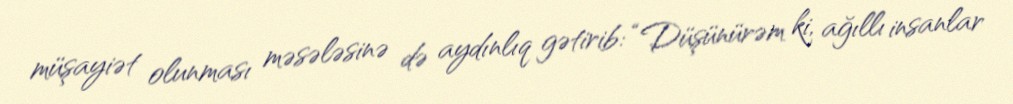
müşayiət olunması məsələsinə də aydınlıq gətirib: “Düşünürəm ki, ağıllı insanlar